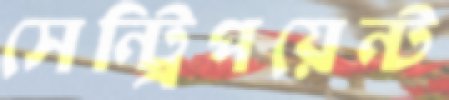
সেন্ট্রিপয়েন্ট